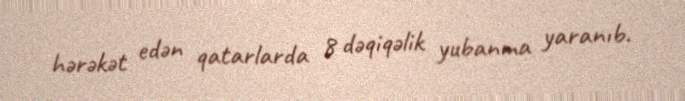
hərəkət edən qatarlarda 8 dəqiqəlik yubanma yaranıb.